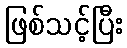
ဖြစ်သင့်ပြီး